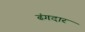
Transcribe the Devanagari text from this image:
ढंगदार